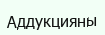
Аддукцияны